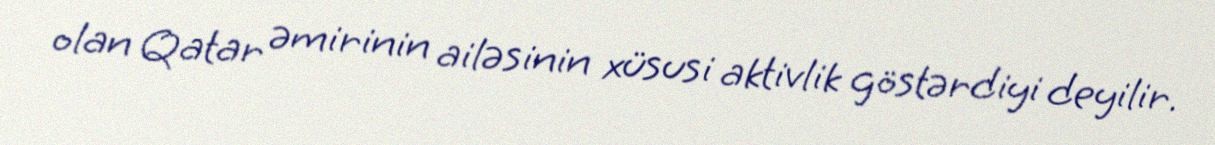
olan Qatar əmirinin ailəsinin xüsusi aktivlik göstərdiyi deyilir.